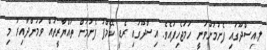
ލ.އިސްދޫގައި ފެށުމަށްވަނީ ހަމަޖެހިފައެވެ. އިސްދޫގައި ރެޑީ ކޭމްޕު ފެށުމަށް ތައްޔާރީތައް ވަމުންދާއިރު މި